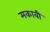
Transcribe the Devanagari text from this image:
मकाबी